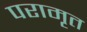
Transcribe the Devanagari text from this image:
परामृत